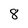
Character: 8